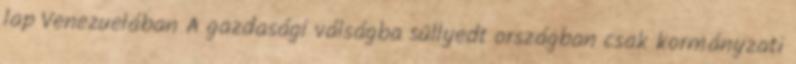
lap Venezuelában A gazdasági válságba süllyedt országban csak kormányzati